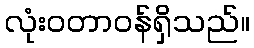
လုံးဝတာဝန်ရှိသည်။